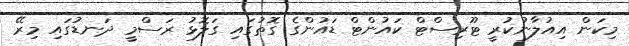
މިކަން އިއުލާނުކުރީ ޓޫރިސްޓް ކައުންޓް ޑައުންގެ ގޮތުގައި ގަލޮޅު ރަސްމީ ދަނޑުގައި މިރޭ